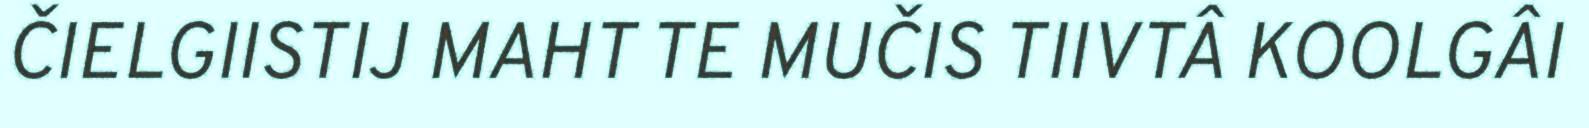
ČIELGIISTIJ MAHT TE MUČIS TIIVTÂ KOOLGÂI